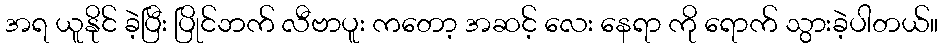
အရ ယူနိုင် ခဲ့ပြီး ပြိုင်ဘက် လီဗာပူး ကတော့ အဆင့် လေး နေရာ ကို ရောက် သွားခဲ့ပါတယ်။